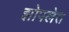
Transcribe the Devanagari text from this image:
झोपलेत